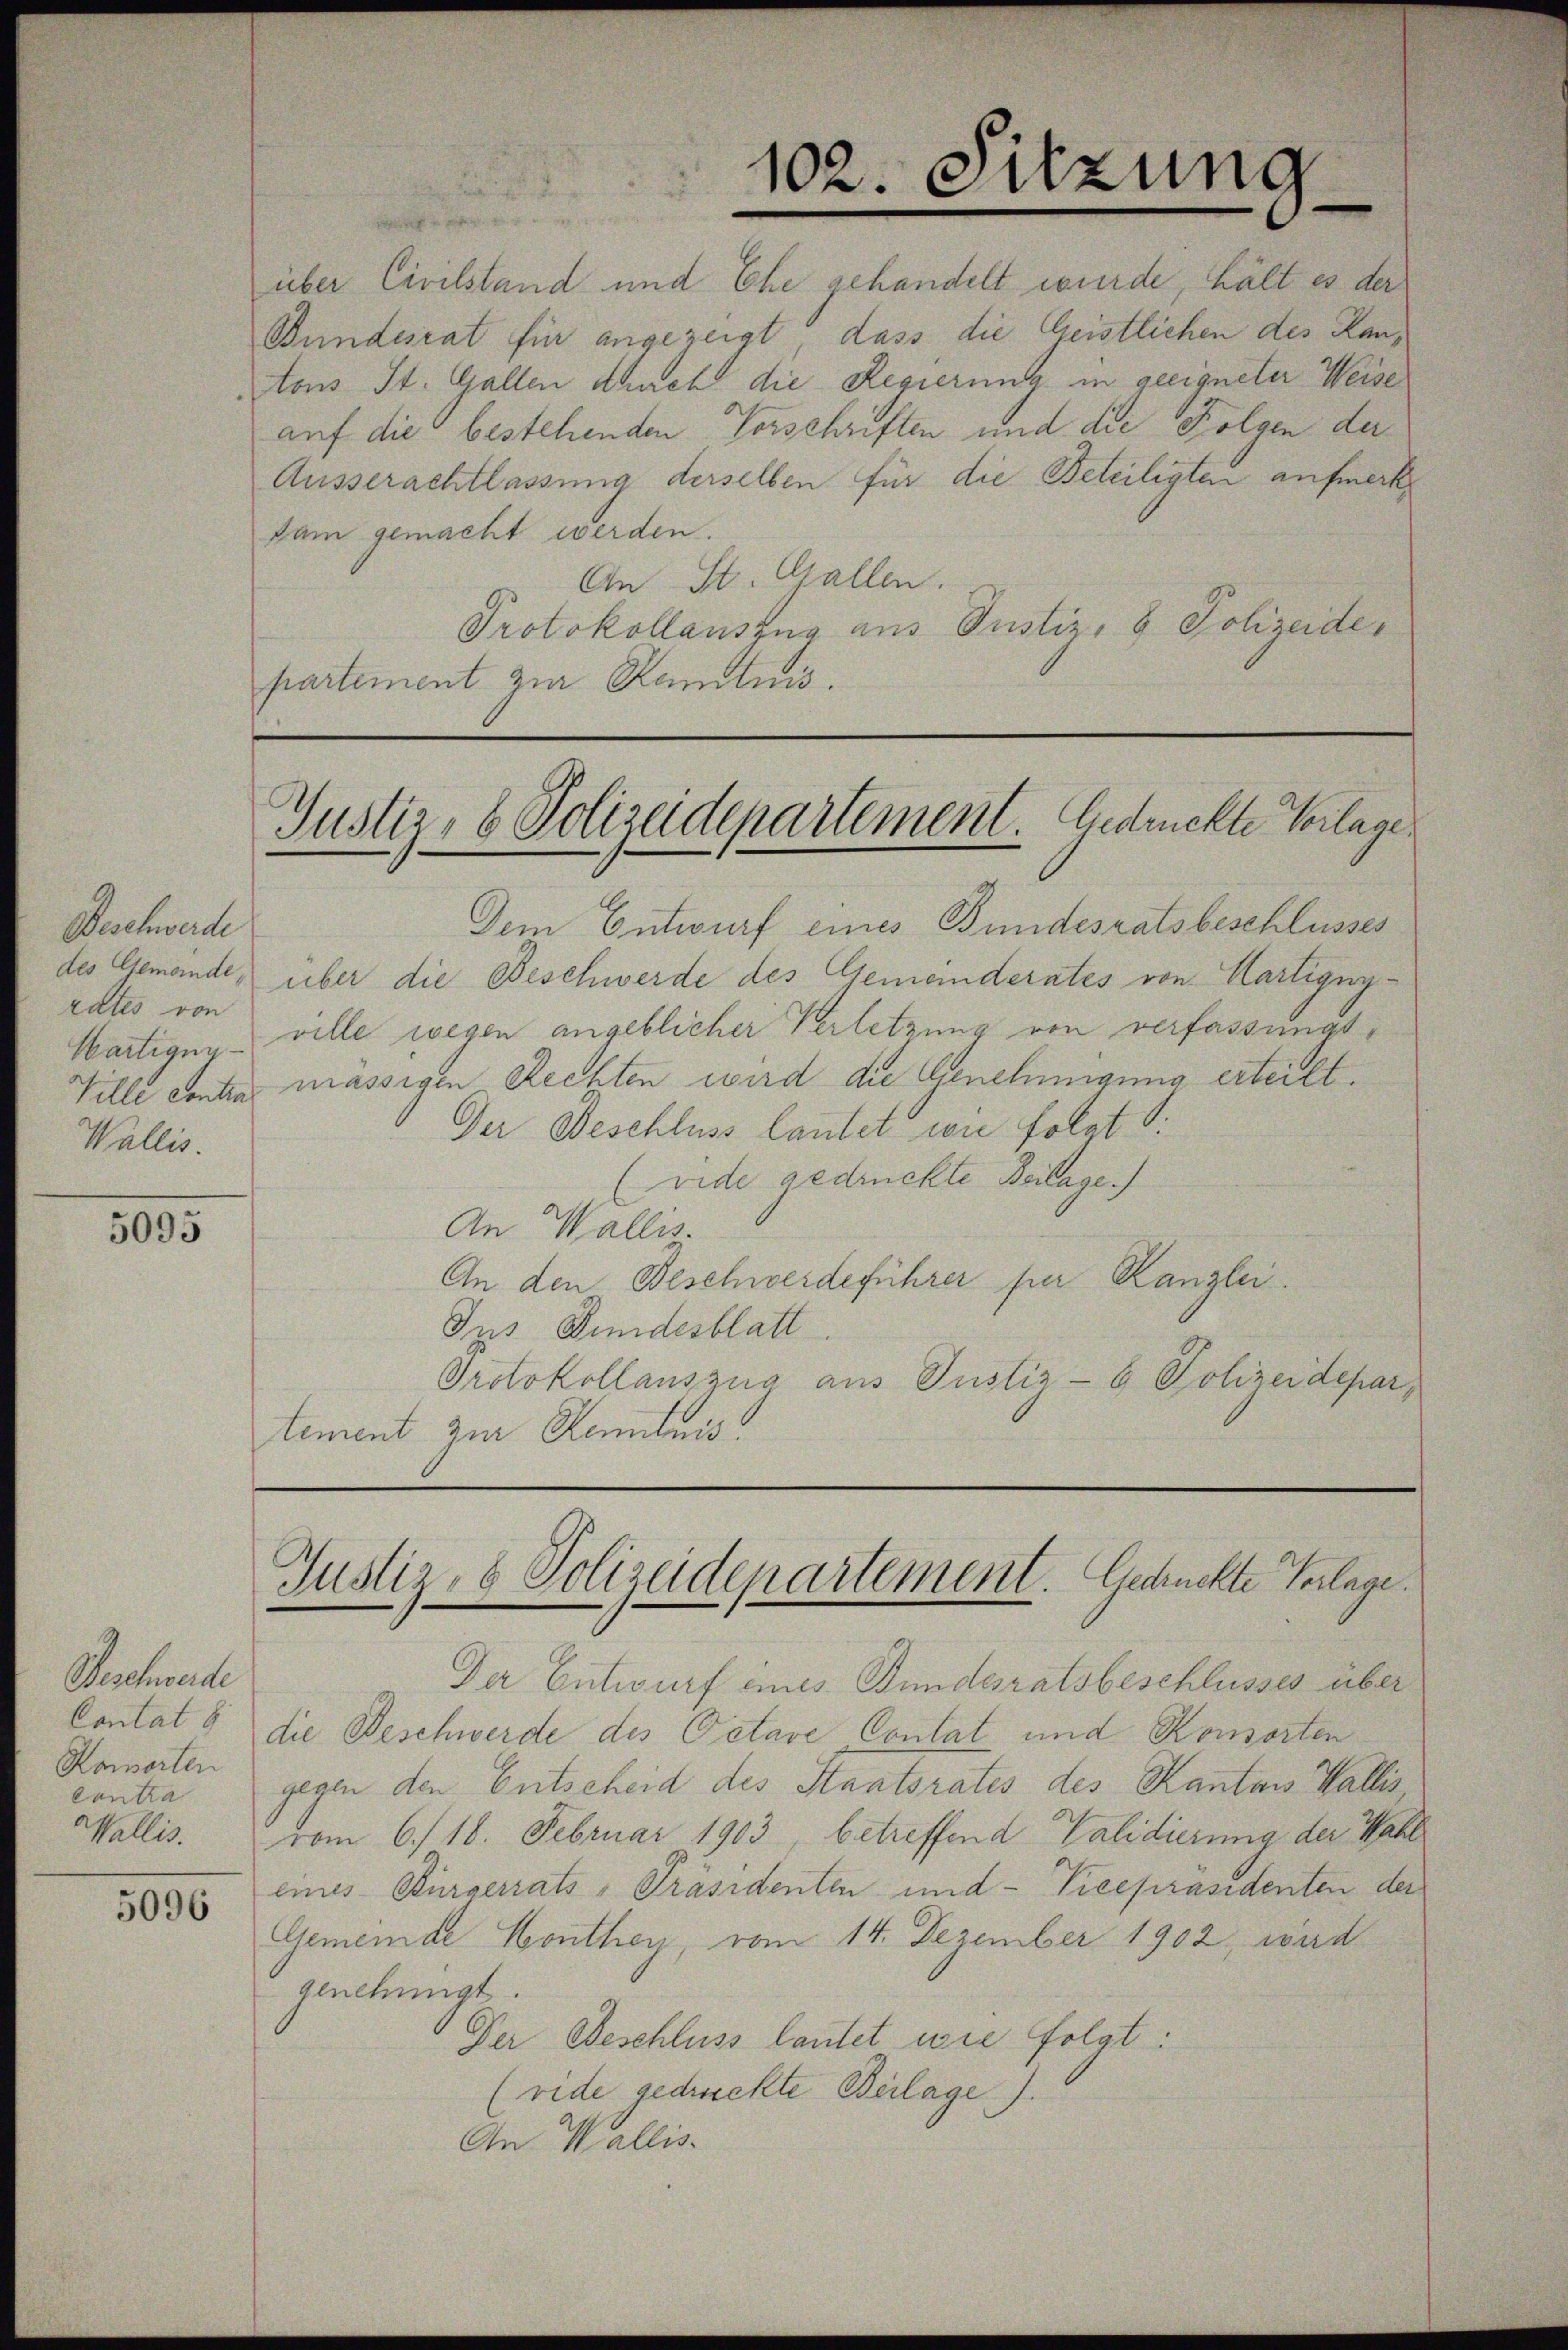
Beschwerde
des Gemeinde,
rates von
Wartigun
Ville contra
Wallis.

5095

Geschwerde
Contat 8
Komorten
Contra
Wallis.

5096

dam gemacht werden.
An St. Gallen.
Protokollauszug aus Justiz- & Polizeide,
partement zur Ramtnis.

über Civilstand und Ehe gehandelt wurde, hält es der
Bundesrat für angezeigt, dass die Geistlichen des Kantons St. Gallen auch die Regierung in geeigneter Weise
auf die bestehenden Vorschriften und die Folgen der
Ausserachtlassung derselben für die Beteiligten aufmerk

Dem Entwurf eines Bundesratsbeschlusses
über die Beschwerde des Gemeinderates von Hartigny-
ville wegen angeblicher Verletzung von verfassungsmässigen Rechten wird die Genehmigung erteilt.
Der Beschluss lautet wie folgt S.
(vide gedruckte Beilage.)
An Wallis.
An den Beschwerdeführer per Kanzlei.
Ins Bundesblatt.
Protokollauszug aus Justiz- & Polizeidepar
tement zur Kenntnis

102. Sitzung

Justiz, 8 Polizeidepartement. Gedruckte Vorlage

Justiz- & Polizeidepartement. Gedrückte Verlage.
e

Der Entwurf eines Bundesratsbeschlusses über
die Beschwerde des Petave Contat und Konsorten
gegen den Entscheid des Staatsrates des Kantons Wallis
vom 6. 18. Februar 1903, betreffend Validierung der Wahl
eines Bürgerrats-Präsidenten und Vicepräsidenten der
Gemeinde Monthey, vom 14. Dezember 1902 wird
genehmigt.
Der Beschluss lautet wie folgt:
(vide gedruckte Beilage).
An Wallis.